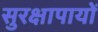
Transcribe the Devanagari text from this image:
सुरक्षापायों